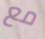
مع